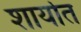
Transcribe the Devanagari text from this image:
शार्यात